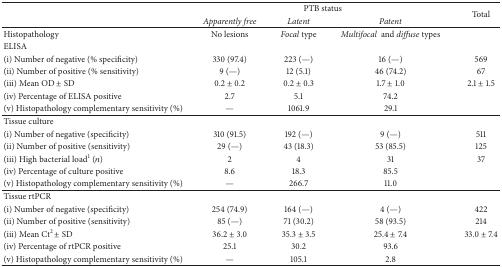
|  | <COLSPAN=3> PTB status | <ROWSPAN=2> Total |
 |  | Apparently free | Latent | Patent |
 | --- | --- | --- | --- | --- |
 | Histopathology | No lesions | Focal type | Multifocal  and diffuse types |  |
 | ELISA |  |  |  |  |
 | (i) Number of negative (% specificity) | 330 (97.4) | 223 (—) | 16 (—) | 569 |
 | (ii) Number of positive (% sensitivity) | 9 (—) | 12 (5.1) | 46 (74.2) | 67 |
 | (iii) Mean OD ± SD | 0.2 ± 0.2 | 0.2 ± 0.3 | 1.7 ± 1.0 | 2.1 ± 1.5 |
 | (iv) Percentage of ELISA positive | 2.7 | 5.1 | 74.2 |  |
 | (v) Histopathology complementary sensitivity (%) | — | 1061.9 | 29.1 |  |
 | Tissue culture |  |  |  |  |
 | (i) Number of negative (specificity) | 310 (91.5) | 192 (—) | 9 (—) | 511 |
 | (ii) Number of positive (sensitivity) | 29 (—) | 43 (18.3) | 53 (85.5) | 125 |
 | (iii) High bacterial load1 (n) | 2 | 4 | 31 | 37 |
 | (iv) Percentage of culture positive | 8.6 | 18.3 | 85.5 |  |
 | (v) Histopathology complementary sensitivity (%) | — | 266.7 | 11.0 |  |
 | Tissue rtPCR |  |  |  |  |
 | (i) Number of negative (specificity) | 254 (74.9) | 164 (—) | 4 (—) | 422 |
 | (ii) Number of positive (sensitivity) | 85 (—) | 71 (30.2) | 58 (93.5) | 214 |
 | (iii) Mean Ct2 ± SD | 36.2 ± 3.0 | 35.3 ± 3.5 | 25.4 ± 7.4 | 33.0 ± 7.4 |
 | (iv) Percentage of rtPCR positive | 25.1 | 30.2 | 93.6 |  |
 | (v) Histopathology complementary sensitivity (%) | — | 105.1 | 2.8 |  |